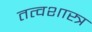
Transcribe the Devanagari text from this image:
तत्वशास्त्र